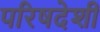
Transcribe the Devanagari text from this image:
परिषदेशी